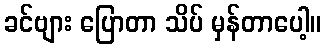
ခင်ဗျား ပြောတာ သိပ် မှန်တာပေါ့။